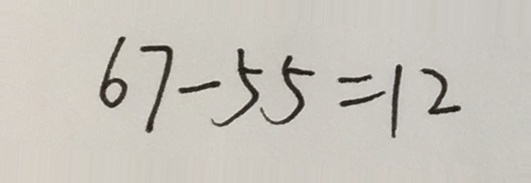
6 7 - 5 5 = 1 2